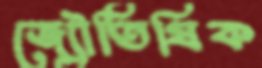
জ্যৌতিষিক